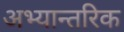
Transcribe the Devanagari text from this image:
अभ्यान्तरिक